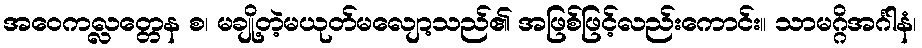
အဝေကလ္လတ္တေန စ၊ မချို့တဲ့မယုတ်မလျော့သည်၏ အဖြစ်ဖြင့်လည်းကောင်း။ သာမဂ္ဂိအင်္ဂါနံ၊